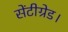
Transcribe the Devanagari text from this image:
सेंटीग्रेड।